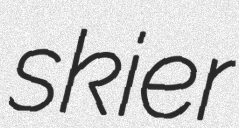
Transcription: skier